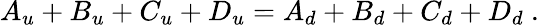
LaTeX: A_{u}+B_{u}+C_{u}+D_{u}=A_{d}+B_{d}+C_{d}+D_{d}~.